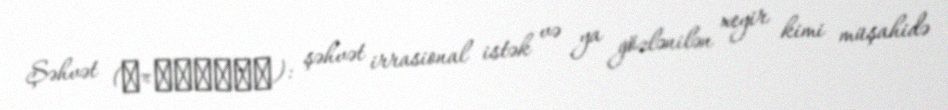
Şəhvət (ἐπιθυμία): şəhvət irrasional istək və ya gözlənilən xeyir kimi müşahidə